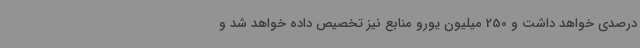
درصدی خواهد داشت و 250 میلیون یورو منابع نیز تخصیص داده خواهد شد و